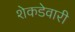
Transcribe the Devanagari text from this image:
शेकडेवारी